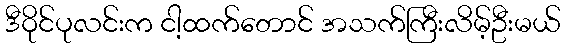
ဒီဝိုင်ပုလင်းက ငါ့ထက်တောင် အသက်ကြီးလိမ့်ဦးမယ်